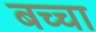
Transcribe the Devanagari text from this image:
बच्‍चा